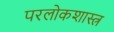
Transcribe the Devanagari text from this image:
परलोकशास्त्र